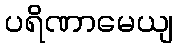
ပရိဏာမေယျ